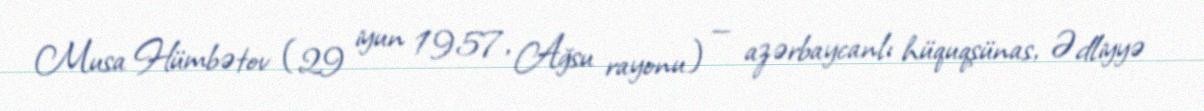
Musa Hümbətov (29 iyun 1957, Ağsu rayonu) — azərbaycanlı hüquqşünas, Ədliyyə